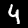
Digit: 4